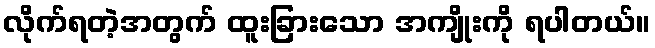
လိုက်ရတဲ့အတွက် ထူးခြားသော အကျိုးကို ရပါတယ်။